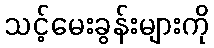
သင့်မေးခွန်းများကို